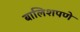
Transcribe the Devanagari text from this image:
बालिशपणे